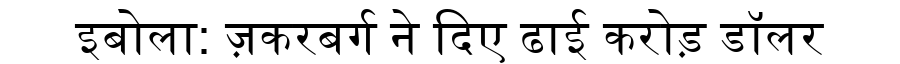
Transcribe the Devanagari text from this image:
इबोला: ज़करबर्ग ने दिए ढाई करोड़ डॉलर